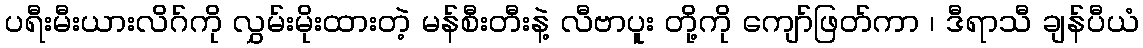
ပရီးမီးယားလိဂ်ကို လွှမ်းမိုးထားတဲ့ မန်စီးတီးနဲ့ လီဗာပူး တို့ကို ကျော်ဖြတ်ကာ ၊ ဒီရာသီ ချန်ပီယံ